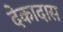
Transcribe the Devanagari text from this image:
देकादास